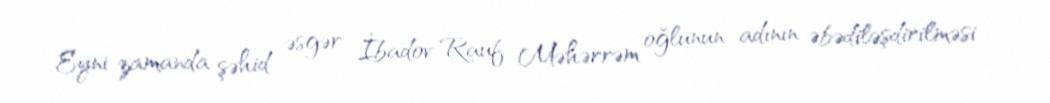
Eyni zamanda şəhid əsgər İbadov Rauf Məhərrəm oğlunun adının əbədiləşdirilməsi